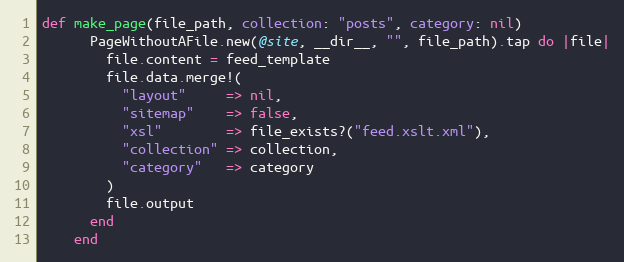
Language: Ruby
def make_page(file_path, collection: "posts", category: nil)
      PageWithoutAFile.new(@site, __dir__, "", file_path).tap do |file|
        file.content = feed_template
        file.data.merge!(
          "layout"     => nil,
          "sitemap"    => false,
          "xsl"        => file_exists?("feed.xslt.xml"),
          "collection" => collection,
          "category"   => category
        )
        file.output
      end
    end